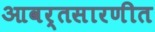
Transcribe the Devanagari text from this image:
आवर्तसारणीत